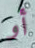
أو